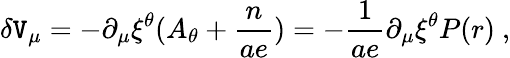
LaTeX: \delta\mathtt{V}_{\mu}=-\partial_{\mu}\xi^{\theta}(A_{\theta}+\frac{{n}}{{ae}})=-\frac{{1}}{{ae}}\partial_{\mu}\xi^{\theta}P(r)~,